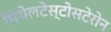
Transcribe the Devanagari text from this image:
मिथेलटेस्टोसटेरोन